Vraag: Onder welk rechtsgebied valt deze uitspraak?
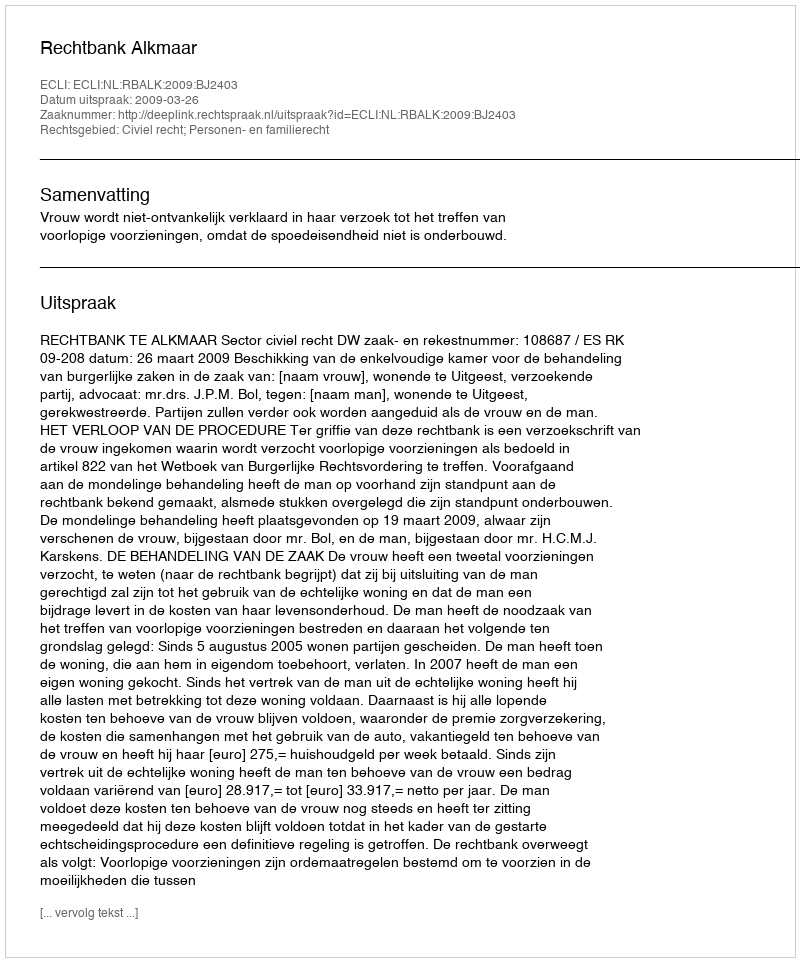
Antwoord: Civiel recht; Personen- en familierecht